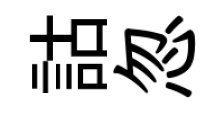
詁忽